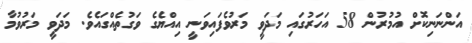
އަންނަނިކޮށް އުމުރުން 58 އަހަރުގައި މަދަވީ މަރުވެފައިވަނީ އިއްޔެގެ ވަގުތެއްގައެވެ. މަދަވީ މަރުވުމާ